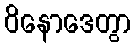
ဝိနောဒေတွာ